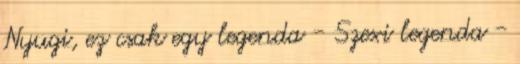
Nyugi, ez csak egy legenda - Szexi legenda -